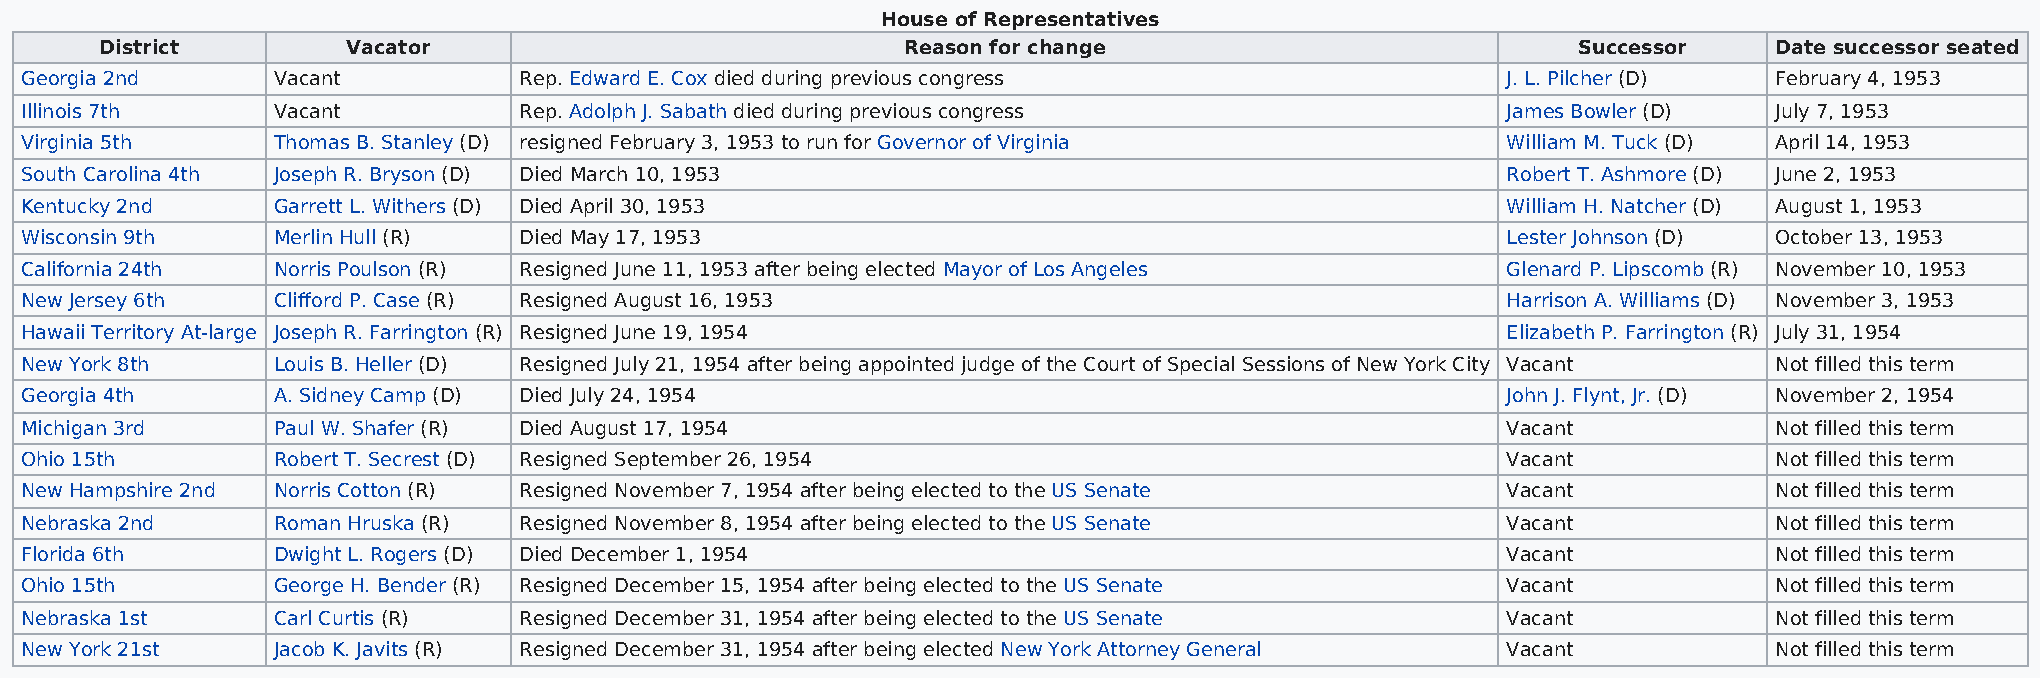
House of Representatives
 District        Vacator                              Reason for change                           Successor     Date successor seated
 Georgia 2nd      Vacant          Rep. Edward E. Cox died during previous congress                  J. L. Pilcher (D) February 4, 1953
 Illinois 7th     Vacant          Rep. Adolph J. Sabath died during previous congress               James Bowler (D)  July 7, 1953
 Virginia 5th     Thomas B. Stanley (D) resigned February 3, 1953 to run for Governor of Virginia   William M. Tuck (D) April 14, 1953
 South Carolina 4th Joseph R. Bryson (D) Died March 10, 1953                                        Robert T. Ashmore (D) June 2, 1953
 Kentucky 2nd     Garrett L. Withers (D) Died April 30, 1953                                        William H. Natcher (D) August 1, 1953
 Wisconsin 9th    Merlin Hull (R) Died May 17, 1953                                                 Lester Johnson (D) October 13, 1953
 California 24th  Norris Poulson (R) Resigned June 11, 1953 after being elected Mayor of Los Angeles Glenard P. Lipscomb (R) November 10, 1953
 New Jersey 6th   Clifford P. Case (R) Resigned August 16, 1953                                     Harrison A. Williams (D) November 3, 1953
 Hawaii Territory At-large Joseph R. Farrington (R) Resigned June 19, 1954                          Elizabeth P. Farrington (R) July 31, 1954
 New York 8th     Louis B. Heller (D) Resigned July 21, 1954 after being appointed judge of the Court of Special Sessions of New York City Vacant Not filled this term
 Georgia 4th      A. Sidney Camp (D) Died July 24, 1954                                             John J. Flynt, Jr. (D) November 2, 1954
 Michigan 3rd     Paul W. Shafer (R) Died August 17, 1954                                           Vacant            Not filled this term
 Ohio 15th        Robert T. Secrest (D) Resigned September 26, 1954                                 Vacant            Not filled this term
 New Hampshire 2nd Norris Cotton (R) Resigned November 7, 1954 after being elected to the US Senate Vacant            Not filled this term
 Nebraska 2nd     Roman Hruska (R) Resigned November 8, 1954 after being elected to the US Senate   Vacant            Not filled this term
 Florida 6th      Dwight L. Rogers (D) Died December 1, 1954                                        Vacant            Not filled this term
 Ohio 15th        George H. Bender (R) Resigned December 15, 1954 after being elected to the US Senate Vacant         Not filled this term
 Nebraska 1st     Carl Curtis (R) Resigned December 31, 1954 after being elected to the US Senate   Vacant            Not filled this term
 New York 21st    Jacob K. Javits (R) Resigned December 31, 1954 after being elected New York Attorney General Vacant Not filled this term